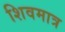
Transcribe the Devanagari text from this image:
शिवमात्र